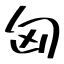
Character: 匈